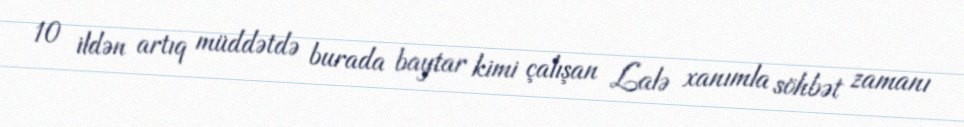
10 ildən artıq müddətdə burada baytar kimi çalışan Lalə xanımla söhbət zamanı